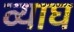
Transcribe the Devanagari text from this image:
व्याघ